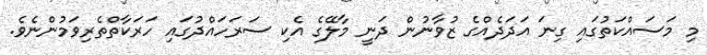
މި މަސައްކަތުގައި ގިނަ އަދަދެއްގެ ޒުވާނުން ދަނީ މާލޭގެ އެކި ސަރަހައްދުގައި ހަރަކާތްތެރިވަމުންނެވެ.